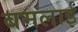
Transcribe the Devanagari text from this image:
बमलाई